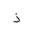
Letter: _thal